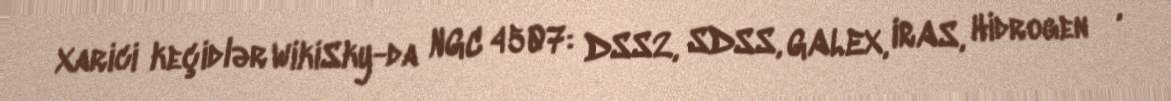
Xarici keçidlər WikiSky-da NGC 4507: DSS2, SDSS, GALEX, IRAS, Hidrogen α,